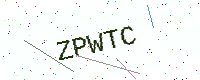
Text: ZPWTC